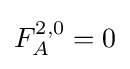
F_{A}^{2,0}=0